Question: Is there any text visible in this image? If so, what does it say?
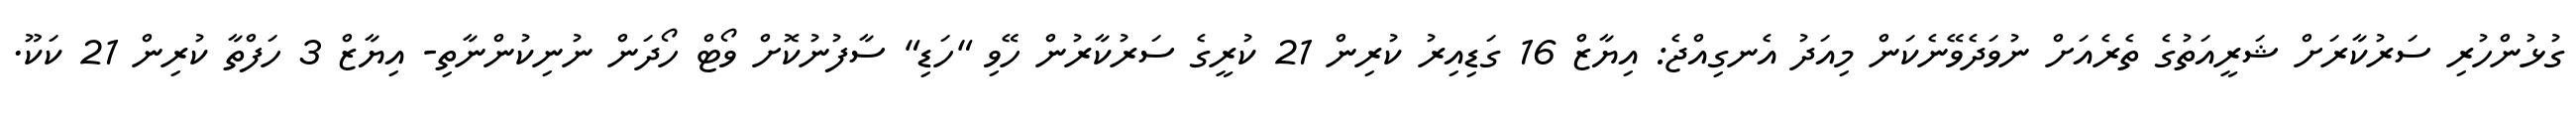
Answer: ގުޅުންހުރި ސަރުކާރަށް ޝަރީއަތުގެ ތެރެއަށް ނުވަދެވޭނެކަން މިއަދު އެނގިއްޖެ: އިޔާޒް 16 ގަޑިއިރު ކުރިން 21 ކުރީގެ ސަރުކާރުން ހޭވި "ހަޑި" ސާފުނުކޮށް ވޯޓް ހޯދަން ނުނިކުންނާތި- އިޔާޒް 3 ހަފްތާ ކުރިން 21 ކަކޫ.